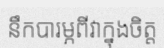
នឹកបារម្ភពីវាក្នុងចិត្ត